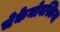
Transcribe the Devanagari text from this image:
चेकेनोवस्किया